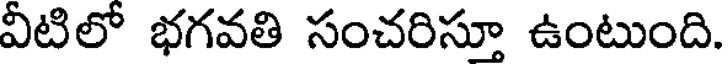
వీటిలో భగవతి సంచరిస్తూ ఉంటుంది.